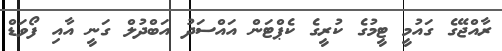
ރާއްޖޭގެ ގައުމީ ޓީމުގެ ކުރީގެ ކެޕްޓަން އައްސަދު އަބްދުލް ގަނީ އާއި ފޯވަޑް